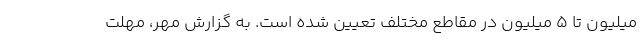
میلیون تا ۵ میلیون در مقاطع مختلف تعیین شده است. به گزارش مهر، مهلت